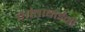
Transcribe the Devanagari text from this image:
शांताबार्इंनी